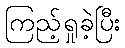
ကြည့်ရှုခဲ့ပြီး